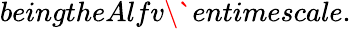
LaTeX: beingtheAlfv\` entimescale.